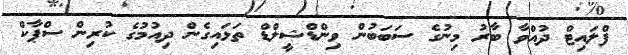
ފްލައިޓް ދުއްވާ ބާރު މިނުގެ ސަބަބުން ވިންޑްޝީލްޑް ތަޅައިގެން ދިއުމުގެ ކުރިން ސްޕާކް